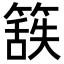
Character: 𮆃